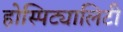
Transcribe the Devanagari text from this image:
होस्पिट्यालिटी